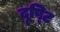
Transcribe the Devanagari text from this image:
दृष्‍टि